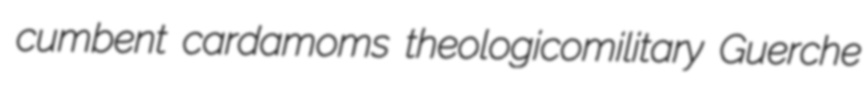
cumbent cardamoms theologicomilitary Guerche